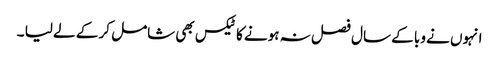
انہوں نے وبا کے سال فصل نہ ہونے کا ٹیکس بھی شامل کر کے لے لیا ۔